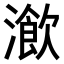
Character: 𤀔